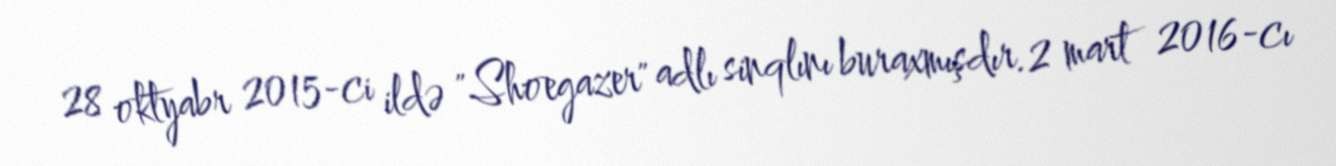
28 oktyabr 2015-ci ildə "Shoegazer" adlı sinqlını buraxmışdır.2 mart 2016-cı